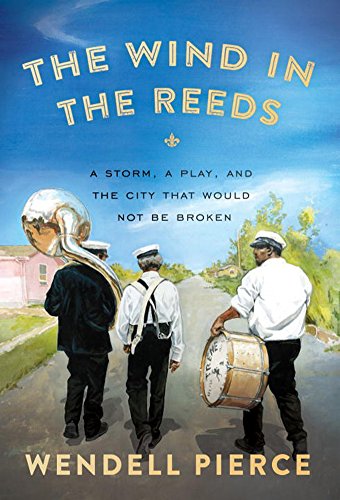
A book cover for The Wind in the Reeds: A Storm, A Play, and the City That Would Not Be Broken; Wendell Pierce; Humor & Entertainment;